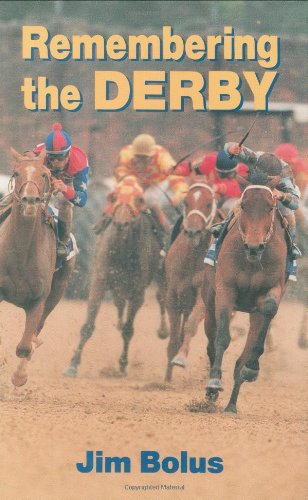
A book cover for Remembering the Derby; Jim Bolus; Travel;